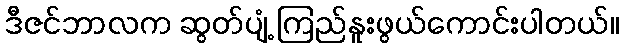
ဒီဇင်ဘာလက ဆွတ်ပျံ့ ကြည်နူးဖွယ်ကောင်းပါတယ်။